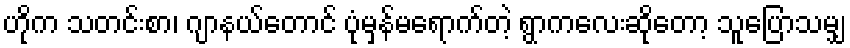
ဟိုက သတင်းစာ၊ ဂျာနယ်တောင် ပုံမှန်မရောက်တဲ့ ရွာကလေးဆိုတော့ သူပြောသမျှ